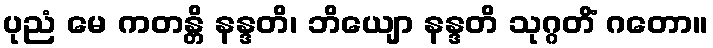
ပုညံ မေ ကတန္တိ နန္ဒတိ၊ ဘိယျော နန္ဒတိ သုဂ္ဂတိံ ဂတော။